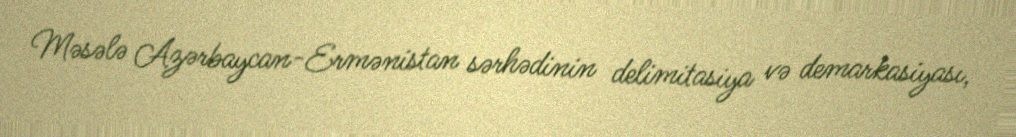
Məsələ Azərbaycan-Ermənistan sərhədinin delimitasiya və demarkasiyası,